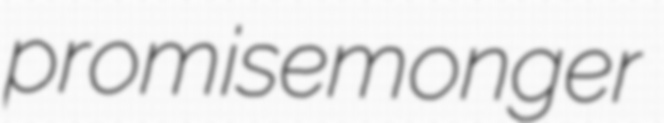
promisemonger